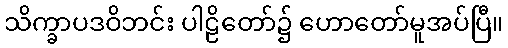
သိက္ခာပဒဝိဘင်း ပါဠိတော်၌ ဟောတော်မူအပ်ပြီ။